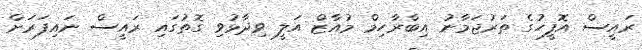
ރައީސް އޮފީހުގެ ތަރުޖަމާނު އިބްރާހިމް މުއާޒް އަލީ ވިދާޅުވި ގޮތުގައި ރައީސް ނައިފަރަށް